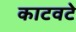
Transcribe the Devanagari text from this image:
काटवटे